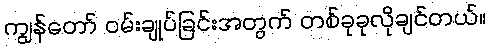
ကျွန်တော် ဝမ်းချုပ်ခြင်းအတွက် တစ်ခုခုလိုချင်တယ်။